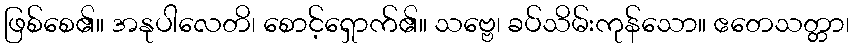
ဖြစ်စေ၏။ အနုပါလေတိ၊ စောင့်ရှောက်၏။ သဗ္ဗေ၊ ခပ်သိမ်းကုန်သော။ ဧတေသတ္တာ၊